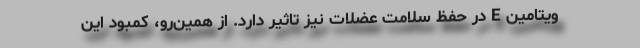
ویتامین E در حفظ سلامت عضلات نیز تاثیر دارد. از همین‌رو، کمبود این